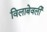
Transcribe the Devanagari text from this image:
विलाबेवर्ली